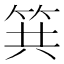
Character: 𥬹